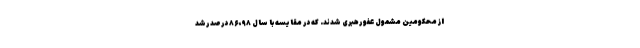
از محکومین مشمول عفو رهبری شدند. که در مقایسه با سال ۹۸، ۸۶ درصد رشد